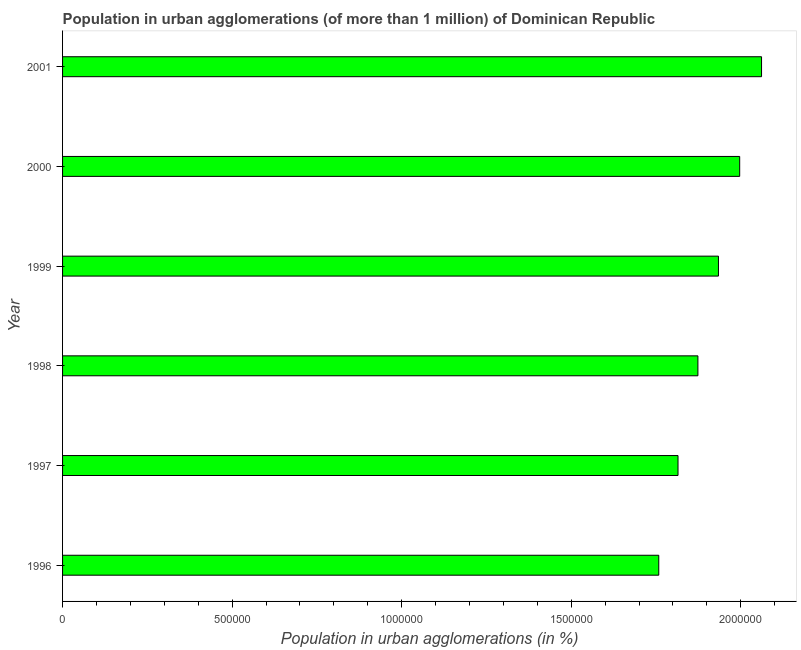
| Year | Population in urban agglomerations |
 | --- | --- |
 | 1996 | 1.76e+06 |
 | 1997 | 1.81e+06 |
 | 1998 | 1.87e+06 |
 | 1999 | 1.93e+06 |
 | 2000 | 2e+06 |
 | 2001 | 2.06e+06 |